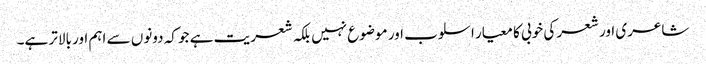
شاعری اور شعر کی خوبی کا معیار اسلوب اور موضوع نہیں بلکہ شعریت ہے جو کہ دونوں سے اہم اور بالاتر ہے۔